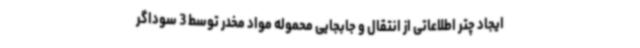
ایجاد چتر اطلاعاتی از انتقال و جابجایی محموله مواد مخدر توسط 3 سوداگر